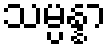
သမ္ပန္နာ